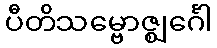
ပီတိသမ္ဗောဇ္ဈင်္ဂေါ